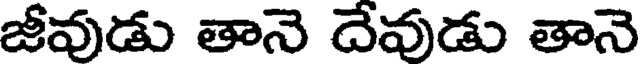
జీవుడు తానె దేవుడు తానె